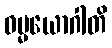
ဓမ္မယောဂါတိ